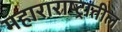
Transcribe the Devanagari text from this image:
महाराराष्ट्रातील